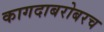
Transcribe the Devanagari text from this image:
कागदाबरोबरच